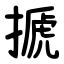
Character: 搋